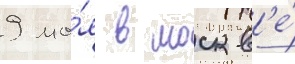
9 ма́я в москв'е́